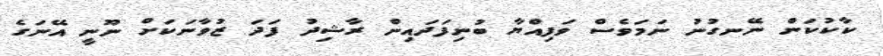
ކާކުކަން ނޭނގުނު ނަމަވެސް ވަފިއްޔާ ބުނިފަދައިން ރާޝިދު ފަދަ ޒުވާނަކަށް ނޫނީ އޭނަގެ